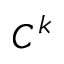
C ^ { k }